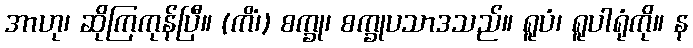
အာဟု၊ ဆိုကြကုန်ပြီ။ (ကိံ၊) စက္ခု၊ စက္ခုပသာဒသည်။ ရူပံ၊ ရူပါရုံကို။ န